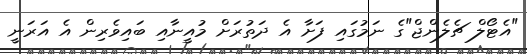
"އެޓޯލް ޗެލެންޖް"ގެ ނަމުގައި ފަށާ އެ ދަތުރަށް މުއީނާއި ބައިވެރިން އެ އަރަނީ